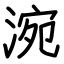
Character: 涴